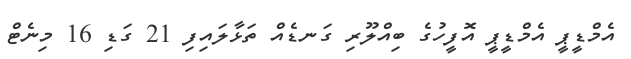
އެމްޑީޕީ އެމްޑީޕީ އޮފީހުގެ ބިއްލޫރި ގަނޑެއް ތަޅާލައިފި 21 ގަޑި 16 މިނެޓް